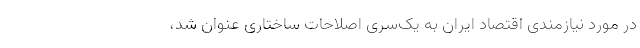
در مورد نیازمندی اقتصاد ایران به یک‌سری اصلاحات ساختاری عنوان شد،